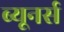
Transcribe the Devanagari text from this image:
ब्यूनर्स